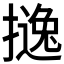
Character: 𱠵